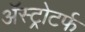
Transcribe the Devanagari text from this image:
ॲस्ट्रोटर्फ